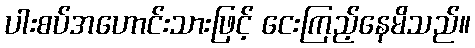
ပါးစပ်အဟောင်းသားဖြင့် ငေးကြည့်နေမိသည်။